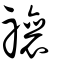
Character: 禳